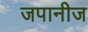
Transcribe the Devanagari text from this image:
जपानीज